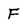
Character: F